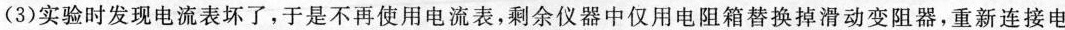
(3)实验时发现电流表坏了，于是不再使用电流表，剩余仪器中仅用电阻箱替换掉滑动变阻器，重新连接电